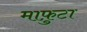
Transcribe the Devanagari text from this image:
माफ़ुटा